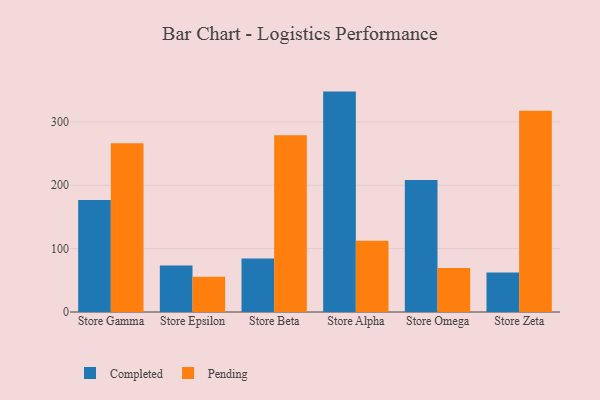
{"axis": {"x": "Store", "y": "Conversion Rate (%)"}, "legend": ["Completed", "Pending"], "data": [{"x": "Store Gamma", "y": 176.8, "type": "Completed"}, {"x": "Store Gamma", "y": 266.2, "type": "Pending"}, {"x": "Store Epsilon", "y": 73.4, "type": "Completed"}, {"x": "Store Epsilon", "y": 55.5, "type": "Pending"}, {"x": "Store Beta", "y": 84.3, "type": "Completed"}, {"x": "Store Beta", "y": 278.8, "type": "Pending"}, {"x": "Store Alpha", "y": 347.7, "type": "Completed"}, {"x": "Store Alpha", "y": 112.4, "type": "Pending"}, {"x": "Store Omega", "y": 208.3, "type": "Completed"}, {"x": "Store Omega", "y": 69.3, "type": "Pending"}, {"x": "Store Zeta", "y": 62.2, "type": "Completed"}, {"x": "Store Zeta", "y": 317.3, "type": "Pending"}]}